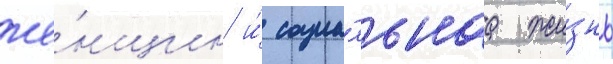
же́нщин и́ социа́льнаа жи́знь